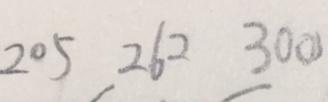
2 0 5 2 6 2 3 0 0